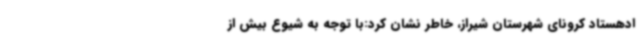
ادهستاد کرونای شهرستان شیراز، خاطر نشان کرد:با توجه به شیوع بیش از